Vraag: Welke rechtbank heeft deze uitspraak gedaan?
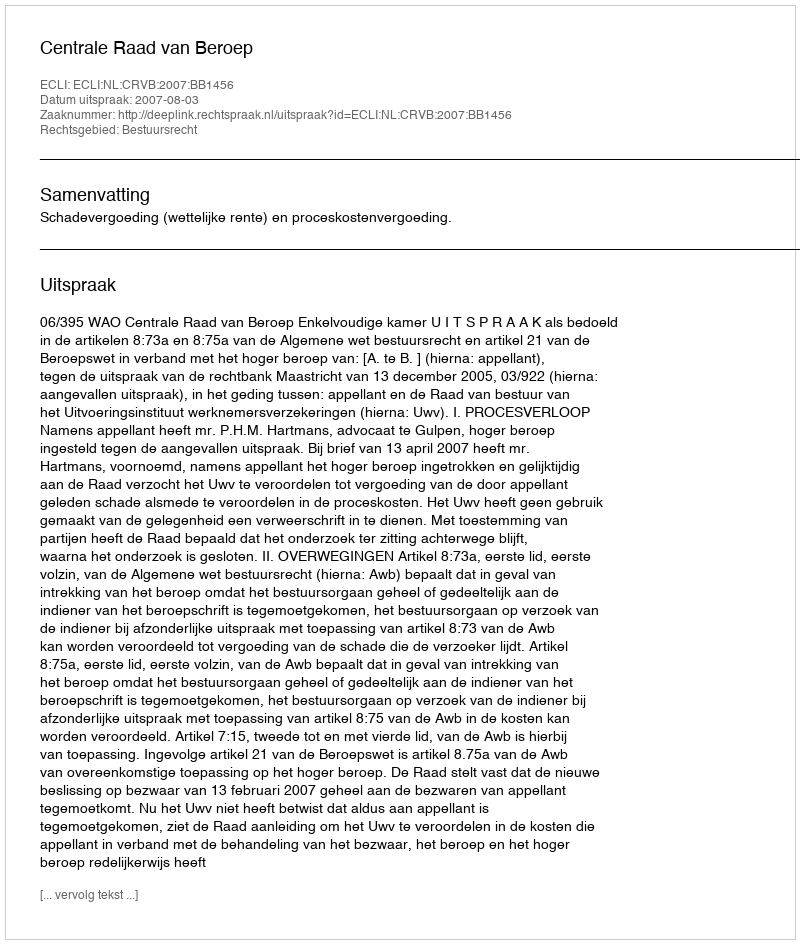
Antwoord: Centrale Raad van Beroep